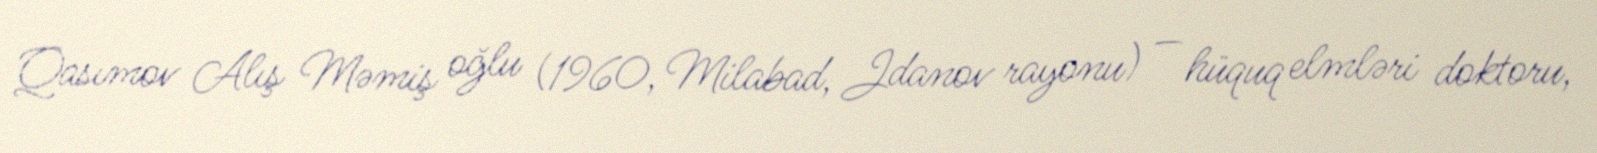
Qasımov Alış Məmiş oğlu (1960, Milabad, Jdanov rayonu) — hüquq elmləri doktoru,